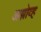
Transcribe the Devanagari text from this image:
अझोव्ह